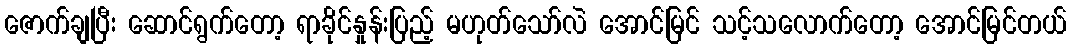
ဇောက်ချပြီး ဆောင်ရွက်တော့ ရာခိုင်နှုန်းပြည့် မဟုတ်သော်လဲ အောင်မြင် သင့်သလောက်တော့ အောင်မြင်တယ်